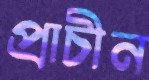
প্রাচীন